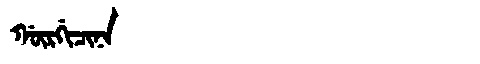
Manchu: ᡤᡡᡵᡤᡳᠴᡳᠨᠠ
Romanization: GŪRGICINA